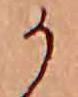
か